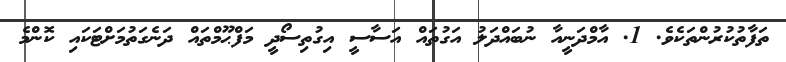
ތަފާތުކުރުންތަކެވެ. 1. އާމްދަނީއާ ނުބައްދަލު އަގުތައް އަސާސީ އިގުތިސޯދީ މަފްޙޫމްތައް ދަނެގަތުމަށްޓަކައި ކޮންމެ